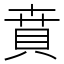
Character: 賁